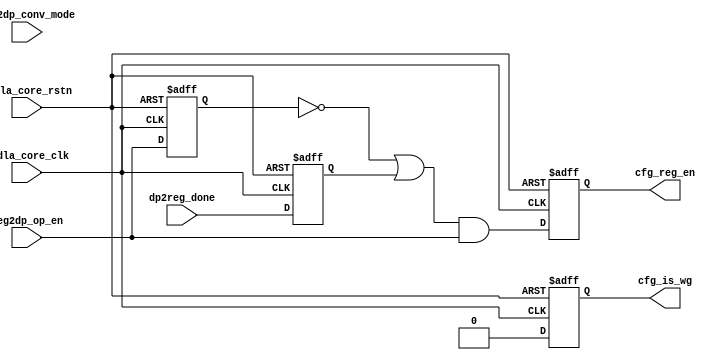
module NV_NVDLA_CMAC_CORE_cfg (
   nvdla_core_clk
  ,nvdla_core_rstn
  ,dp2reg_done
  ,reg2dp_conv_mode
  ,reg2dp_op_en
  ,cfg_is_wg
  ,cfg_reg_en
  );
input nvdla_core_clk;
input nvdla_core_rstn;
input dp2reg_done;
input reg2dp_conv_mode;
input reg2dp_op_en;
output cfg_is_wg;
output cfg_reg_en;
wire cfg_is_wg_w;
wire cfg_reg_en_w;
//: &eperl::flop(" -q  op_en_d1  -d \\\\\\\\\\\\\\\\\\\\\\\\\\\\\\\\"reg2dp_op_en\\\\\\\\\\\\\\\\\\\\\\\\\\\\\\\\" -clk nvdla_core_clk -rst nvdla_core_rstn ");
//: &eperl::flop(" -q  op_done_d1  -d \\\\\\\\\\\\\\\\\\\\\\\\\\\\\\\\"dp2reg_done\\\\\\\\\\\\\\\\\\\\\\\\\\\\\\\\" -clk nvdla_core_clk -rst nvdla_core_rstn ");
//: &eperl::flop(" -q  cfg_reg_en  -d \\\\\\\\\\\\\\\\\\\\\\\\\\\\\\\\"cfg_reg_en_w\\\\\\\\\\\\\\\\\\\\\\\\\\\\\\\\" -clk nvdla_core_clk -rst nvdla_core_rstn ");
//: &eperl::flop(" -q  cfg_is_wg  -d \\\\\\\\\\\\\\\\\\\\\\\\\\\\\\\\"cfg_is_wg_w\\\\\\\\\\\\\\\\\\\\\\\\\\\\\\\\" -clk nvdla_core_clk -rst nvdla_core_rstn ");
//: &eperl::flop(" -q  cfg_reg_en_d1  -d \\\\\\\\\\\\\\\\\\\\\\\\\\\\\\\\"cfg_reg_en\\\\\\\\\\\\\\\\\\\\\\\\\\\\\\\\" -clk nvdla_core_clk -rst nvdla_core_rstn ");
//| eperl: generated_beg (DO NOT EDIT BELOW)
reg  op_en_d1;
always @(posedge nvdla_core_clk or negedge nvdla_core_rstn) begin
   if (!nvdla_core_rstn) begin
       op_en_d1 <= 'b0;
   end else begin
       op_en_d1 <= reg2dp_op_en;
   end
end
reg  op_done_d1;
always @(posedge nvdla_core_clk or negedge nvdla_core_rstn) begin
   if (!nvdla_core_rstn) begin
       op_done_d1 <= 'b0;
   end else begin
       op_done_d1 <= dp2reg_done;
   end
end
reg  cfg_reg_en;
always @(posedge nvdla_core_clk or negedge nvdla_core_rstn) begin
   if (!nvdla_core_rstn) begin
       cfg_reg_en <= 'b0;
   end else begin
       cfg_reg_en <= cfg_reg_en_w;
   end
end
reg  cfg_is_wg;
always @(posedge nvdla_core_clk or negedge nvdla_core_rstn) begin
   if (!nvdla_core_rstn) begin
       cfg_is_wg <= 'b0;
   end else begin
       cfg_is_wg <= cfg_is_wg_w;
   end
end
reg  cfg_reg_en_d1;
always @(posedge nvdla_core_clk or negedge nvdla_core_rstn) begin
   if (!nvdla_core_rstn) begin
       cfg_reg_en_d1 <= 'b0;
   end else begin
       cfg_reg_en_d1 <= cfg_reg_en;
   end
end

//| eperl: generated_end (DO NOT EDIT ABOVE)
assign cfg_reg_en_w = (~op_en_d1 | op_done_d1) & reg2dp_op_en;
assign cfg_is_wg_w = 1'b0;
endmodule